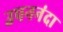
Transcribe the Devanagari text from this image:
उपननंदा